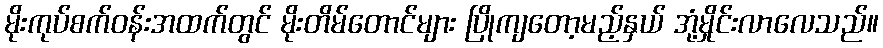
မိုးကုပ်စက်ဝန်းအထက်တွင် မိုးတိမ်တောင်များ ပြိုကျတော့မည့်နှယ် အုံ့မှိုင်းလာလေသည်။